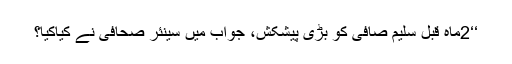
‘‘2ماہ قبل سلیم صافی کو بڑی پیشکش، جواب میں سینئر صحافی نے کیاکِیا؟